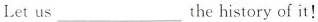
Let us ___ the history of it!